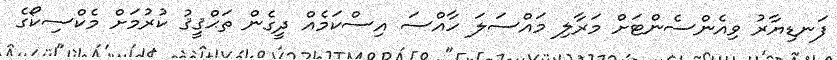
ފަނޑިޔާރު ވިއެންސެންޓަށް މަރާލި މައްސަލަ ހާއްސަ އިސްކަމެއް ދީގެން ތަޙްޤީޤު ކުރުމަށް މެކްސިކޯގެ